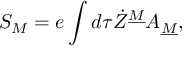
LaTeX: S _ { M } = e \int d \tau \dot { Z } ^ { \underline { { M } } } A _ { \underline { { M } } } ,